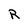
Character: R